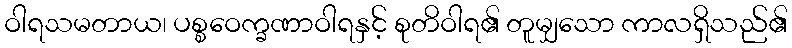
ဝါရသမတာယ၊ ပစ္စဝေက္ခဏာဝါရနှင့် စုတိဝါရ၏ တူမျှသော ကာလရှိသည်၏